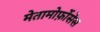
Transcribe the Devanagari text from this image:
मेतामोर्फ़ोसेस